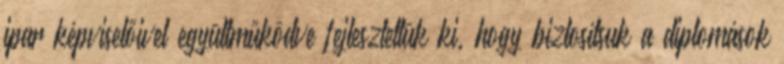
ipar képviselőivel együttműködve fejlesztettük ki, hogy biztosítsuk a diplomások